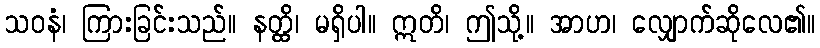
သဝနံ၊ ကြားခြင်းသည်။ နတ္ထိ၊ မရှိပါ။ ဣတိ၊ ဤသို့။ အာဟ၊ လျှောက်ဆိုလေ၏။